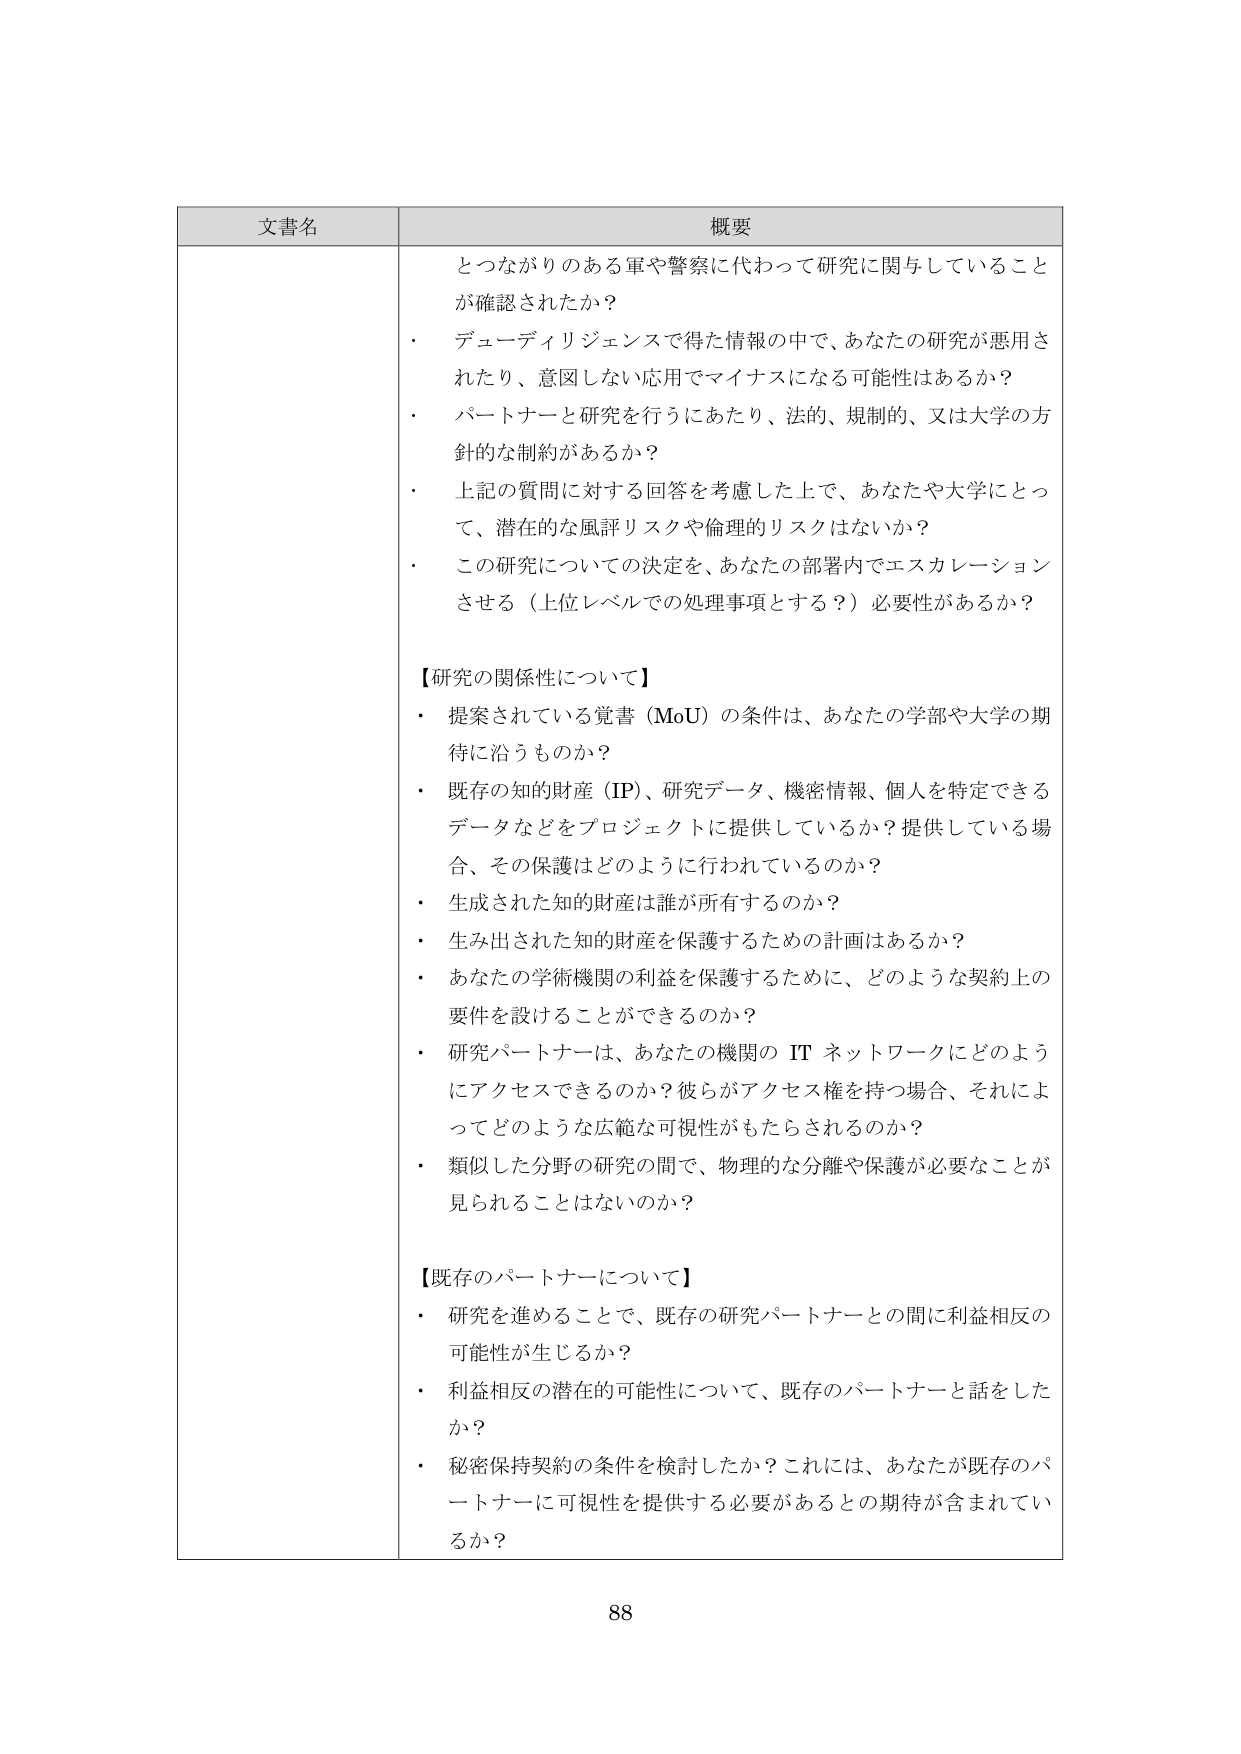
文書名 概要
とつながりのある軍や警察に代わって研究に関与していること
が確認されたか？
・ デューディリジェンスで得た情報の中で、あなたの研究が悪用さ
れたり、意図しない応用でマイナスになる可能性はあるか？
・ パートナーと研究を行うにあたり、法的、規制的、又は大学の方
針的な制約があるか？
・ 上記の質問に対する回答を考慮した上で、あなたや大学にとっ
て、潜在的な風評リスクや倫理的リスクはないか？
・ この研究についての決定を、あなたの部署内でエスカレーション
させる（上位レベルでの処理事項とする？）必要性があるか？
【研究の関係性について】
・ 提案されている覚書（MoU）の条件は、あなたの学部や大学の期
待に沿うものか？
・ 既存の知的財産（IP）、研究データ、機密情報、個人を特定できる
データなどをプロジェクトに提供しているか？提供している場
合、その保護はどのように行われているのか？
・ 生成された知的財産は誰が所有するのか？
・ 生み出された知的財産を保護するための計画はあるか？
・ あなたの学術機関の利益を保護するために、どのような契約上の
要件を設けることができるのか？
・ 研究パートナーは、あなたの機関の IT ネットワークにどのよう
にアクセスできるのか？彼らがアクセス権を持つ場合、それによ
ってどのような広範な可視性がもたらされるのか？
・ 類似した分野の研究の間で、物理的な分離や保護が必要なことが
見られることはないのか？
【既存のパートナーについて】
・ 研究を進めることで、既存の研究パートナーとの間に利益相反の
可能性が生じるか？
・ 利益相反の潜在的可能性について、既存のパートナーと話をした
か？
・ 秘密保持契約の条件を検討したか？これには、あなたが既存のパ
ートナーに可視性を提供する必要があるとの期待が含まれてい
るか？
88